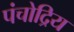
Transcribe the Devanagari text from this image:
पंचोद्रिय